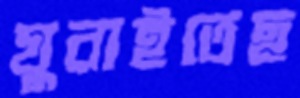
ঘুরাইতেছ